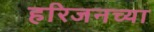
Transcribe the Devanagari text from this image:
हरिजनच्या